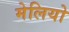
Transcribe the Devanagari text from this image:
मेलियो